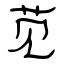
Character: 苋